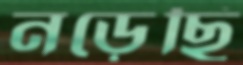
নড়েছি